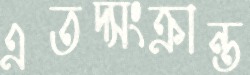
এতদ্সংক্রান্ত